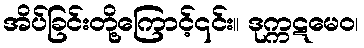
အိပ်ခြင်းတို့ကြောင့်၎င်း။ ဒုက္ကဋမေဝ၊